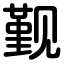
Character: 觐